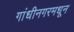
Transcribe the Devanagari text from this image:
गांधीनगरमधून